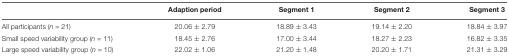
<table><thead><tr><td></td><td><b>Adaption period</b></td><td><b>Segment 1</b></td><td><b>Segment 2</b></td><td><b>Segment 3</b></td></tr></thead><tbody><tr><td>All participants (<i>n</i> = 21)</td><td>20.06 ± 2.79</td><td>18.89 ± 3.43</td><td>19.14 ± 2.20</td><td>18.84 ± 3.97</td></tr><tr><td>Small speed variability group (<i>n</i> = 11)</td><td>18.45 ± 2.76</td><td>17.00 ± 3.44</td><td>18.27 ± 2.23</td><td>16.82 ± 3.35</td></tr><tr><td>Large speed variability group (<i>n</i> = 10)</td><td>22.02 ± 1.06</td><td>21.20 ± 1.48</td><td>20.20 ± 1.71</td><td>21.31 ± 3.29</td></tr></tbody></table>